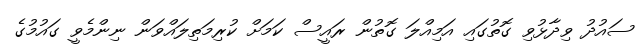
ސައުދު ވިދާޅުވި ގޮތުގައި އަމިއްލަ ގޮތުން ރައީސް ކަމަށް ކުރިމަތިލައްވަން ނިންމެވީ ގައުމުގެ